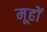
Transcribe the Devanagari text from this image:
मूहों